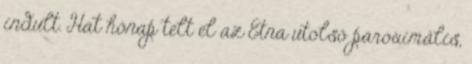
indult. Hat hónap telt el az Etna utolsó paroximális,